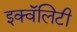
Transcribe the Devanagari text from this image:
इक्वॅलिटी